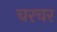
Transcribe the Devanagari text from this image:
चरचर